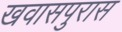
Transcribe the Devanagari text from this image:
खवासपुरास